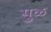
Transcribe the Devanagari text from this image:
सुळ